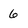
Character: 6